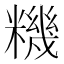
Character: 𥼘